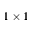
1 \times 1